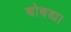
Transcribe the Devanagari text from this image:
बोबड्या